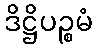
ဒိဋ္ဌိပဉ္စမံ